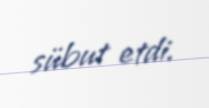
sübut etdi.